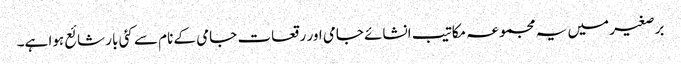
برصغیر میں یہ مجموعہ مکاتیب انشائے جامی اور رقعات جامی کے نام سے کئی بار شائع ہوا ہے۔